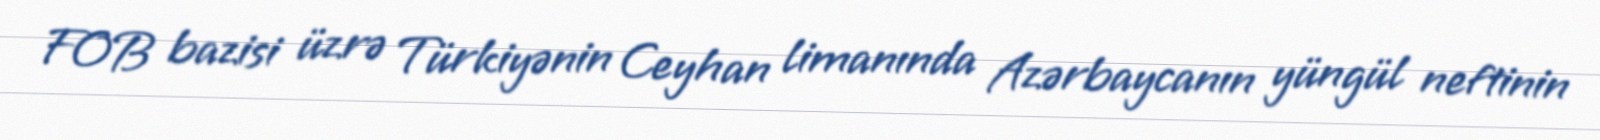
FOB bazisi üzrə Türkiyənin Ceyhan limanında Azərbaycanın yüngül neftinin